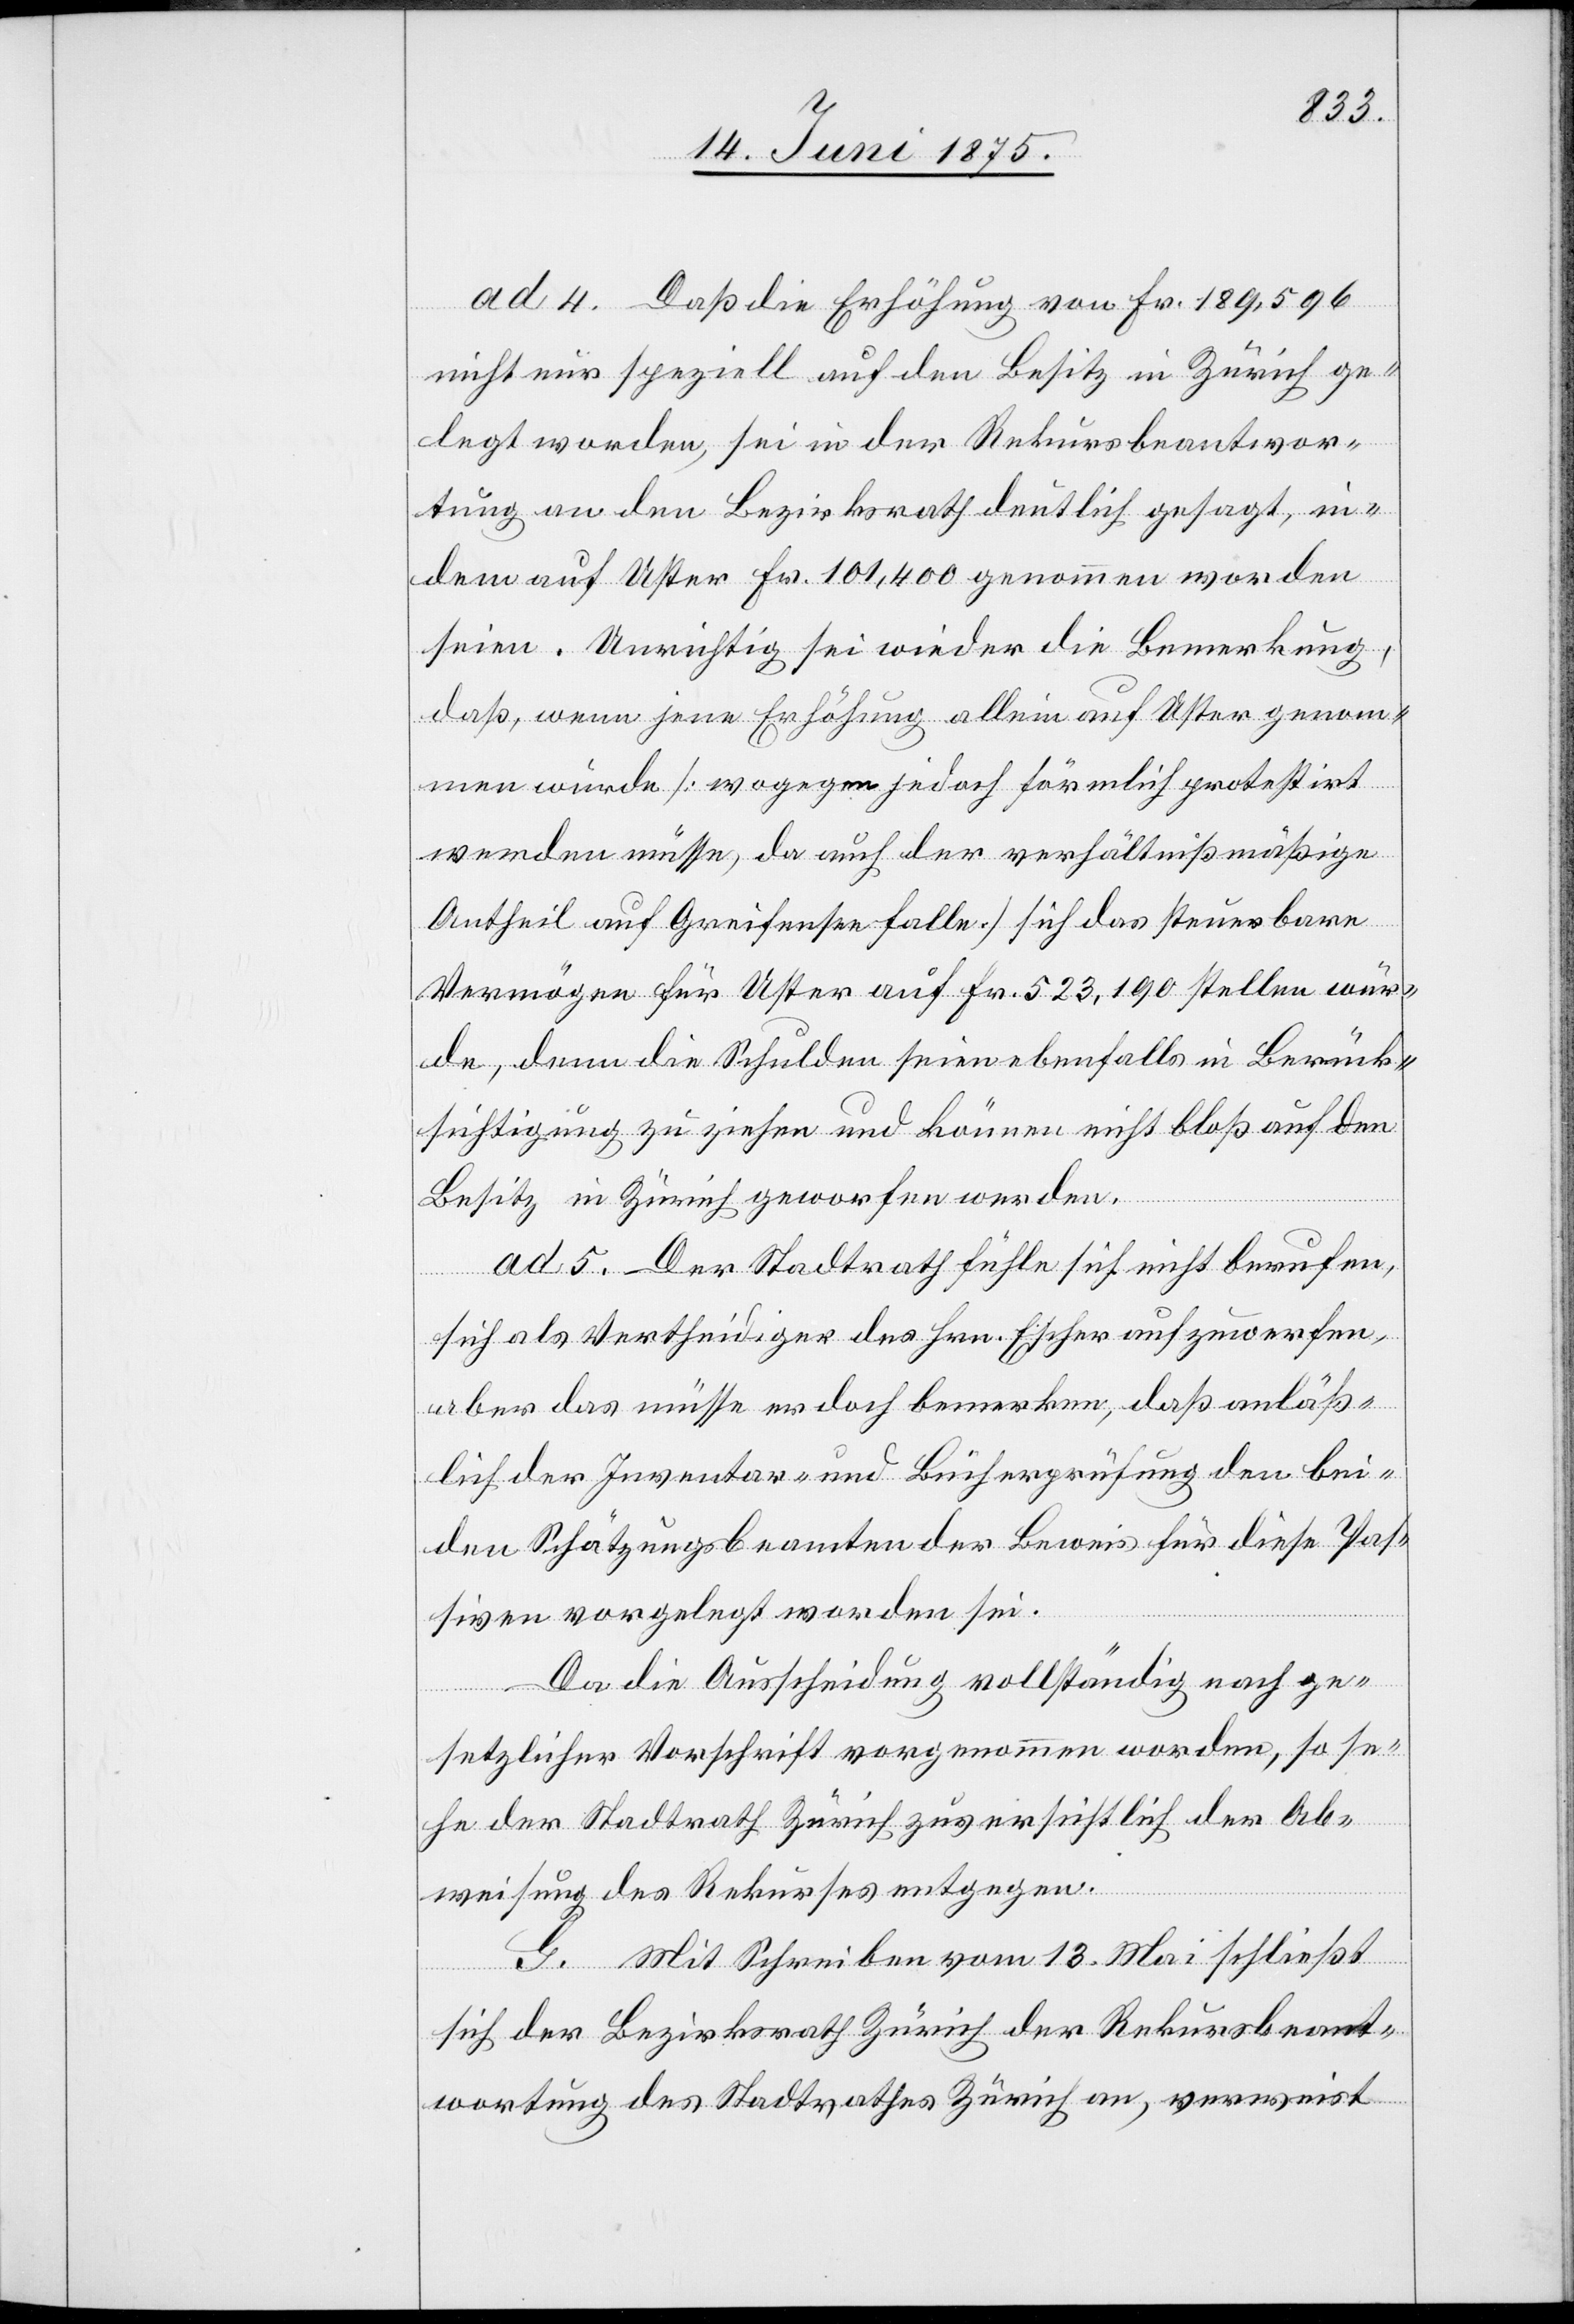
ad 4. Daß die Erhöhung von Fr. 189,596
nicht nur speziell auf den Besitz in Zürich ge¬
legt worden, sei in der Rekursbeantwor¬
tung an den Bezirksrath deutlich gesagt, in¬
dem auf Uster Fr. 101,400 genommen worden
seien. Unrichtig sei wieder die Bemerkung,
daß, wenn jene Erhöhung allein auf Uster genom¬
men wurde [wogegen jedoch förmlich protestirt
werden müsse, da auch der verhältnißmäßige
Antheil auf Greifensee falle] sich das steuerbare
Vermögen für Uster auf Fr. 523,190 stellen wür¬
de, denn die Schulden seien ebenfalls in Berück¬
sichtigung zu ziehen und können nicht bloß auf den
Besitz in Zürich geworfen werden.
ad5. Der Stadtrath fühle sich nicht berufen,
sich als Vertheidiger des Hrn. Escher aufzuwerfen,
aber das müsse er doch bemerken, daß anläß¬
lich der Inventar- und Bücherprüfung den bei¬
den Schätzungsbeamten der Beweis für diese Pas¬
siven vorgelegt worden sei.
Da die Ausscheidung vollständig nach ge¬
setzlicher Vorschrift vorgenommen worden, so se¬
he der Stadtrath Zürich zuversichtlich der Ab¬
weisung des Rekurses entgegen.
G. Mit Schreiben vom 13. Mai schließt
sich der Bezirksrath Zürich der Rekursbeant¬
wortung des Stadtrathes Zürich an, verweist